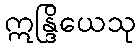
ဣန္ဒြိယေသု